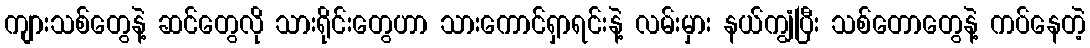
ကျားသစ်တွေနဲ့ ဆင်တွေလို သားရိုင်းတွေဟာ သားကောင်ရှာရင်းနဲ့ လမ်းမှား နယ်ကျွံပြီး သစ်တောတွေနဲ့ ကပ်နေတဲ့